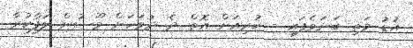
އުޑު މަތި ބަނަވެފައި - ކުރިއަށް އޮތް ދެ ދުވަހަށް މޫސުން ލަފާކުރާ